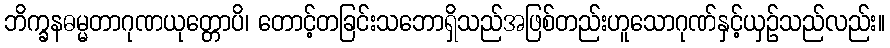
ဘိက္ခနဓမ္မတာဂုဏယုတ္တောပိ၊ တောင့်တခြင်းသဘောရှိသည်အဖြစ်တည်းဟူသောဂုဏ်နှင့်ယှဉ်သည်လည်း။